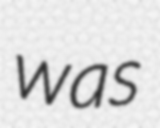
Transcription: was